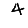
Digit: 4